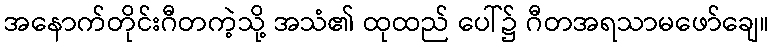
အနောက်တိုင်းဂီတကဲ့သို့ အသံ၏ ထုထည် ပေါ်၌ ဂီတအရသာမဖော်ချေ။